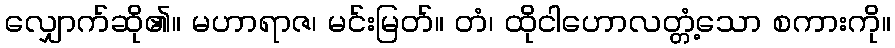
လျှောက်ဆို၏။ မဟာရာဇ၊ မင်းမြတ်။ တံ၊ ထိုငါဟောလတ္တံ့သော စကားကို။